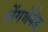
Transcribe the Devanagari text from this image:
लेंगथेनेड